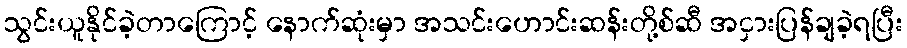
သွင်းယူနိုင်ခဲ့တာကြောင့် နောက်ဆုံးမှာ အသင်းဟောင်းဆန်းတို့စ်ဆီ အငှားပြန်ချခဲ့ရပြီး